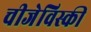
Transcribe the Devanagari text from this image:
चीजेविस्की